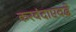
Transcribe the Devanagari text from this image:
करवंदाएवढे